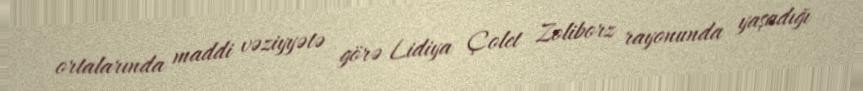
ortalarında maddi vəziyyətə görə Lidiya Çolet Zoliborz rayonunda yaşadığı